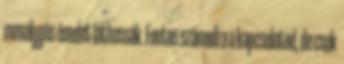
mosolygós énedet láthassák. Fontos számodra a kapcsolatod, de csak